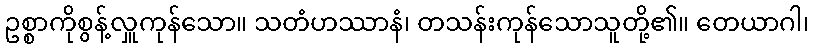
ဥစ္စာကိုစွန့်လှူကုန်သော။ သတံဟဿာနံ၊ တသန်းကုန်သောသူတို့၏။ တေယာဂါ၊